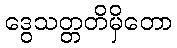
ဒွေသတ္တတိမှိတော